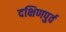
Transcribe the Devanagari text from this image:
दक्षिणपुर्व